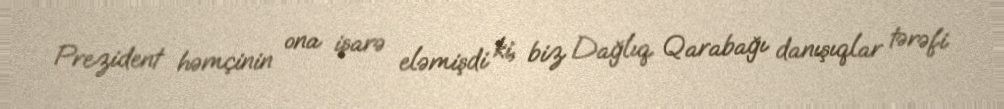
Prezident həmçinin ona işarə eləmişdi ki, biz Dağlıq Qarabağı danışıqlar tərəfi